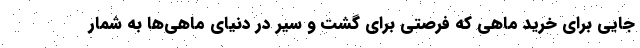
جایی برای خرید ماهی که فرصتی برای گشت و سیر در دنیای ماهی‌ها به شمار